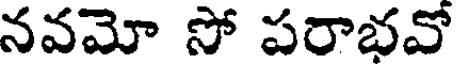
నవమో సో పరాభవో